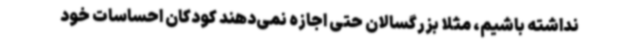
نداشته باشیم، مثلا بزرگسالان حتی اجازه نمی‌دهند کودکان احساسات خود